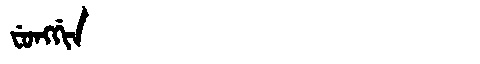
Manchu: ᠸᡠᠩᡤᡳᠨ
Romanization: FUNGGIN